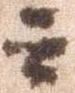
云